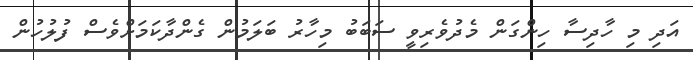
އަދި މި ހާދިސާ ހިންގަން މެދުވެރިވީ ސަބަބު މިހާރު ބަަލަމުން ގެންދާކަމަށްވެސް ފުލުހުން